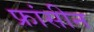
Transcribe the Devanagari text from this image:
फ्रांसीन